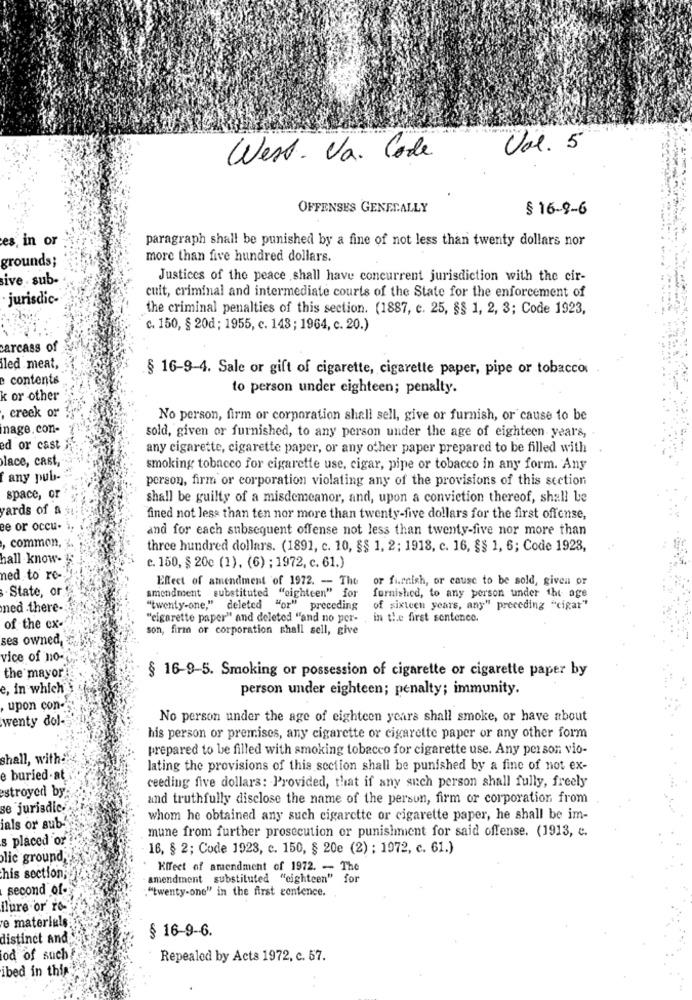
Vol. 5
West. Va. Code
OFFENSES GENERALLY
§ 16-9-6
es, in or
paragraph shall be punished by a fine of not less than twenty dollars nor
grounds;
more than five hundred dollars.
sive . sub-
Justices of the peace ,shall have concurrent jurisdiction with the cir-
jurisdic-
cuit, criminal and intermediate courts of the State for the enforcement of
the criminal penalties of this section. (1887, c. 25, §§ 1, 2, 3; Code 1923,
c. 150, § 20d ; 1955, c. 143 ; 1964, c. 20.)
carcass of
led meat,
§ 16-9-4. Sale or gift of cigarette, cigarette paper, pipe or tobacco
contents
to person under eighteen; penalty.
k or other
, creek or
No person, firm or corporation shall sell, give or furnish, or cause to be
nage.con-
sold, given or furnished, to any person under the age of eighteen years, .
ed or cast
any cigarette, cigarette paper, or any other paper prepared to be filled with
lace, cast,
smoking tobacco for cigarette use, cigar, pipe or tobacco in any form. Any
f any pub-
person, firm or corporation violating any of the provisions of this section
space, or
shall be guilty of a misdemeanor, and, upon a conviction thereof, shall be
yards of
fined not less than ten nor more than twenty-five dollars for the first offense,
ee or occu-
and for each subsequent offense not less than twenty-five nor more than
common,
three hundred dollars. (1891, c. 10, §§ 1, 2; 1918, c. 16, §§ 1, 6; Code 1928,
hall know-
c. 150, $ 20c (1), (6) ; 1972, c. 61.)
ned to re-
Effect of amendment of 1972. - The
or furnish, or cause to be sold, given or
. State, or
furnished, to any person under the age
amendment substituted "eighteen" for
ned .there-
"twenty-one," deleted "or" preceding
of sixteen years, any" preceding "cigar"
"cigarette paper" and deleted "and no per- , in the first sentence.
of the ex-
son, firm or corporation shall sell, give
ses owned,
vice of no-
§ 16-9-5. Smoking or possession of cigarette or cigarette paper by
the mayor
e, in which
person under eighteen; penalty; immunity.
upon con-
wenty dol-
No person under the age of eighteen years shall smoke, or have about
his person or premises, any cigarette or cigarette paper or any other form
prepared to be filled with smoking tobacco for cigarette use. Any person vio-
shall, with:
lating the provisions of this section shall be punished by a fine of not ex-
e buried.at
ceeding five dollars: Provided, that if any such person shall fully, freely
estroyed by
and truthfully disclose the name of the person, firm or corporation from
se jurisdie.
whom he obtained any such cigarette or cigarette paper, he shall be im-
ials or sub-
mune from further prosecution or punishment for said offense. (1913, c.
s placed or
16, § 2; Code 1923, c. 150, § 20e (2) ; 1972, c. 61.)
lic ground,
Kifeet of amendment of 1972. -- The
his section;
amendment substituted "eighteen" for
second of-
:"twenty-one" in the first sentence.
ilure or ro-
e materials
§ 16-9-6.
distinct and
od of such!
Repealed by Acts 1972, c. 57.
ibed in this